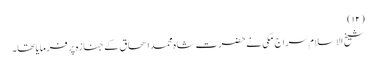
(۱۲)
شیخ الاسلام سراج مکی نے حضرت شاہ محمد اسحاق کے جنازہ پر فرمایا تھا۔